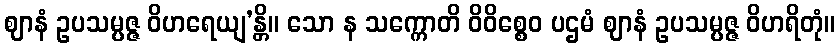
ဈာနံ ဥပသမ္ပဇ္ဇ ဝိဟရေယျ’န္တိ။ သော န သက္ကောတိ ဝိဝိစ္စေဝ ပဌမံ ဈာနံ ဥပသမ္ပဇ္ဇ ဝိဟရိတုံ။